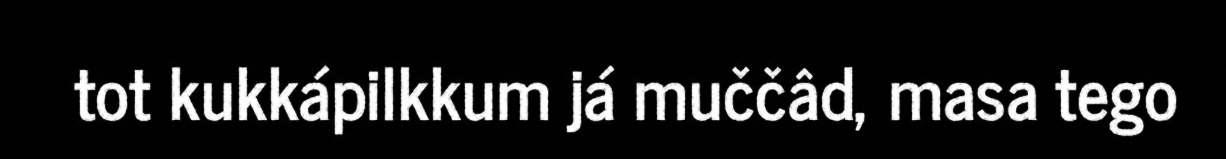
tot kukkápilkkum já muččâd, masa tego